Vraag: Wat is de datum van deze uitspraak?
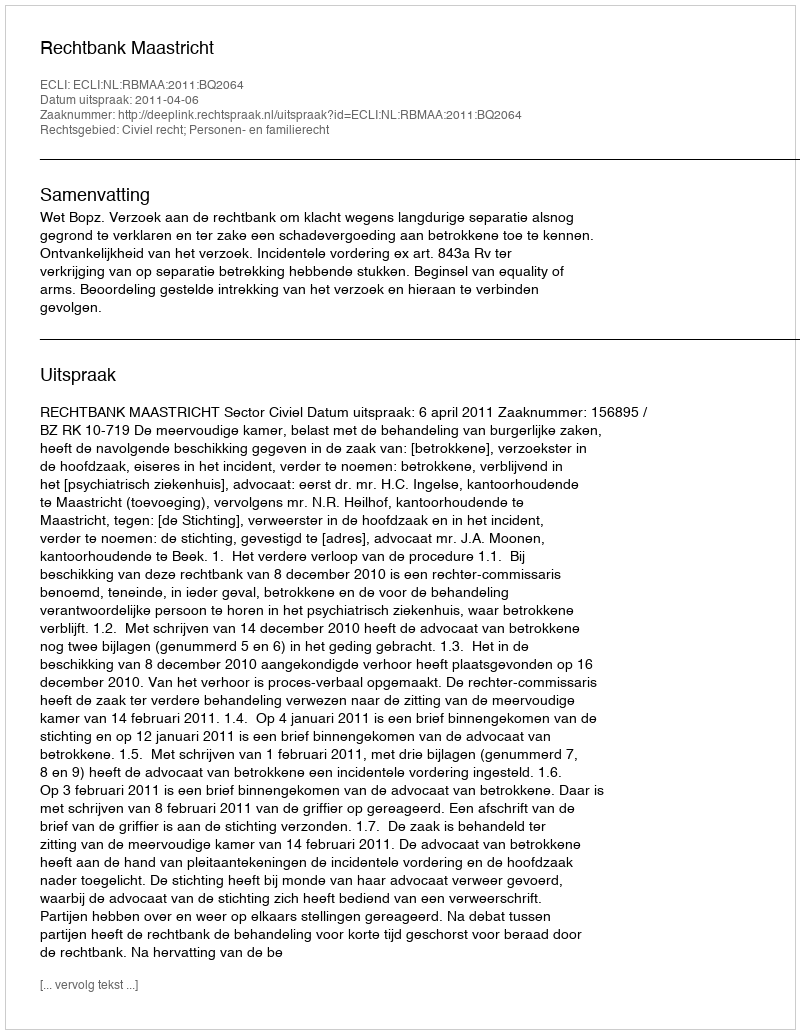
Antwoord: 2011-04-06